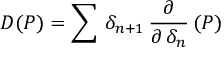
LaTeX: D ( P ) = \sum \, \delta _ { n + 1 } \, { \frac { \partial } { \partial \, \delta _ { n } } } \, ( P )